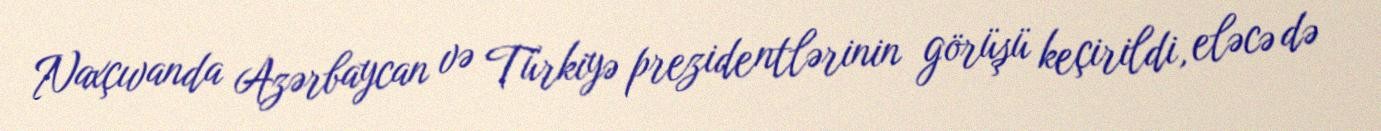
Naxçıvanda Azərbaycan və Türkiyə prezidentlərinin görüşü keçirildi, eləcə də